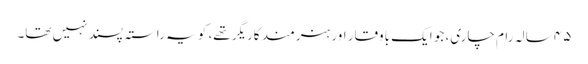
۴۵ سالہ رام چاری، جو ایک باوقار اور ہنرمند کاریگر تھے، کو یہ راستہ پسند نہیں تھا۔